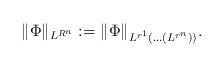
LaTeX: \begin{align*}\| \Phi \|_{L^{R^n}}:=\| \Phi \|_{L^{r^1}( \ldots ( L^{r^n} ) )}.\end{align*}